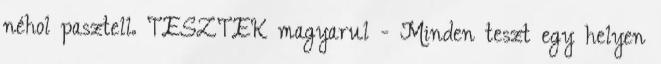
néhol pasztell. TESZTEK magyarul - Minden teszt egy helyen